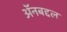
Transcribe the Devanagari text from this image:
अॅनबद्दल